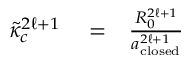
\begin{array} { r l r } { \tilde { \kappa } _ { c } ^ { 2 \ell + 1 } } & { { } = } & { \frac { R _ { 0 } ^ { 2 \ell + 1 } } { a _ { \mathrm { c l o s e d } } ^ { 2 \ell + 1 } } } \end{array}